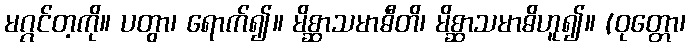
မဂ္ဂင်တ့ကို။ ပတွာ၊ ရောက်၍။ မိစ္ဆာသမာဓီတိ၊ မိစ္ဆာသမာဓိဟူ၍။ (ဝုတ္တော၊